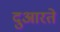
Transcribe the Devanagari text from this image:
दुआरते